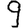
Digit: 9